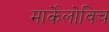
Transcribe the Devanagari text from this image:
मार्केलोविच